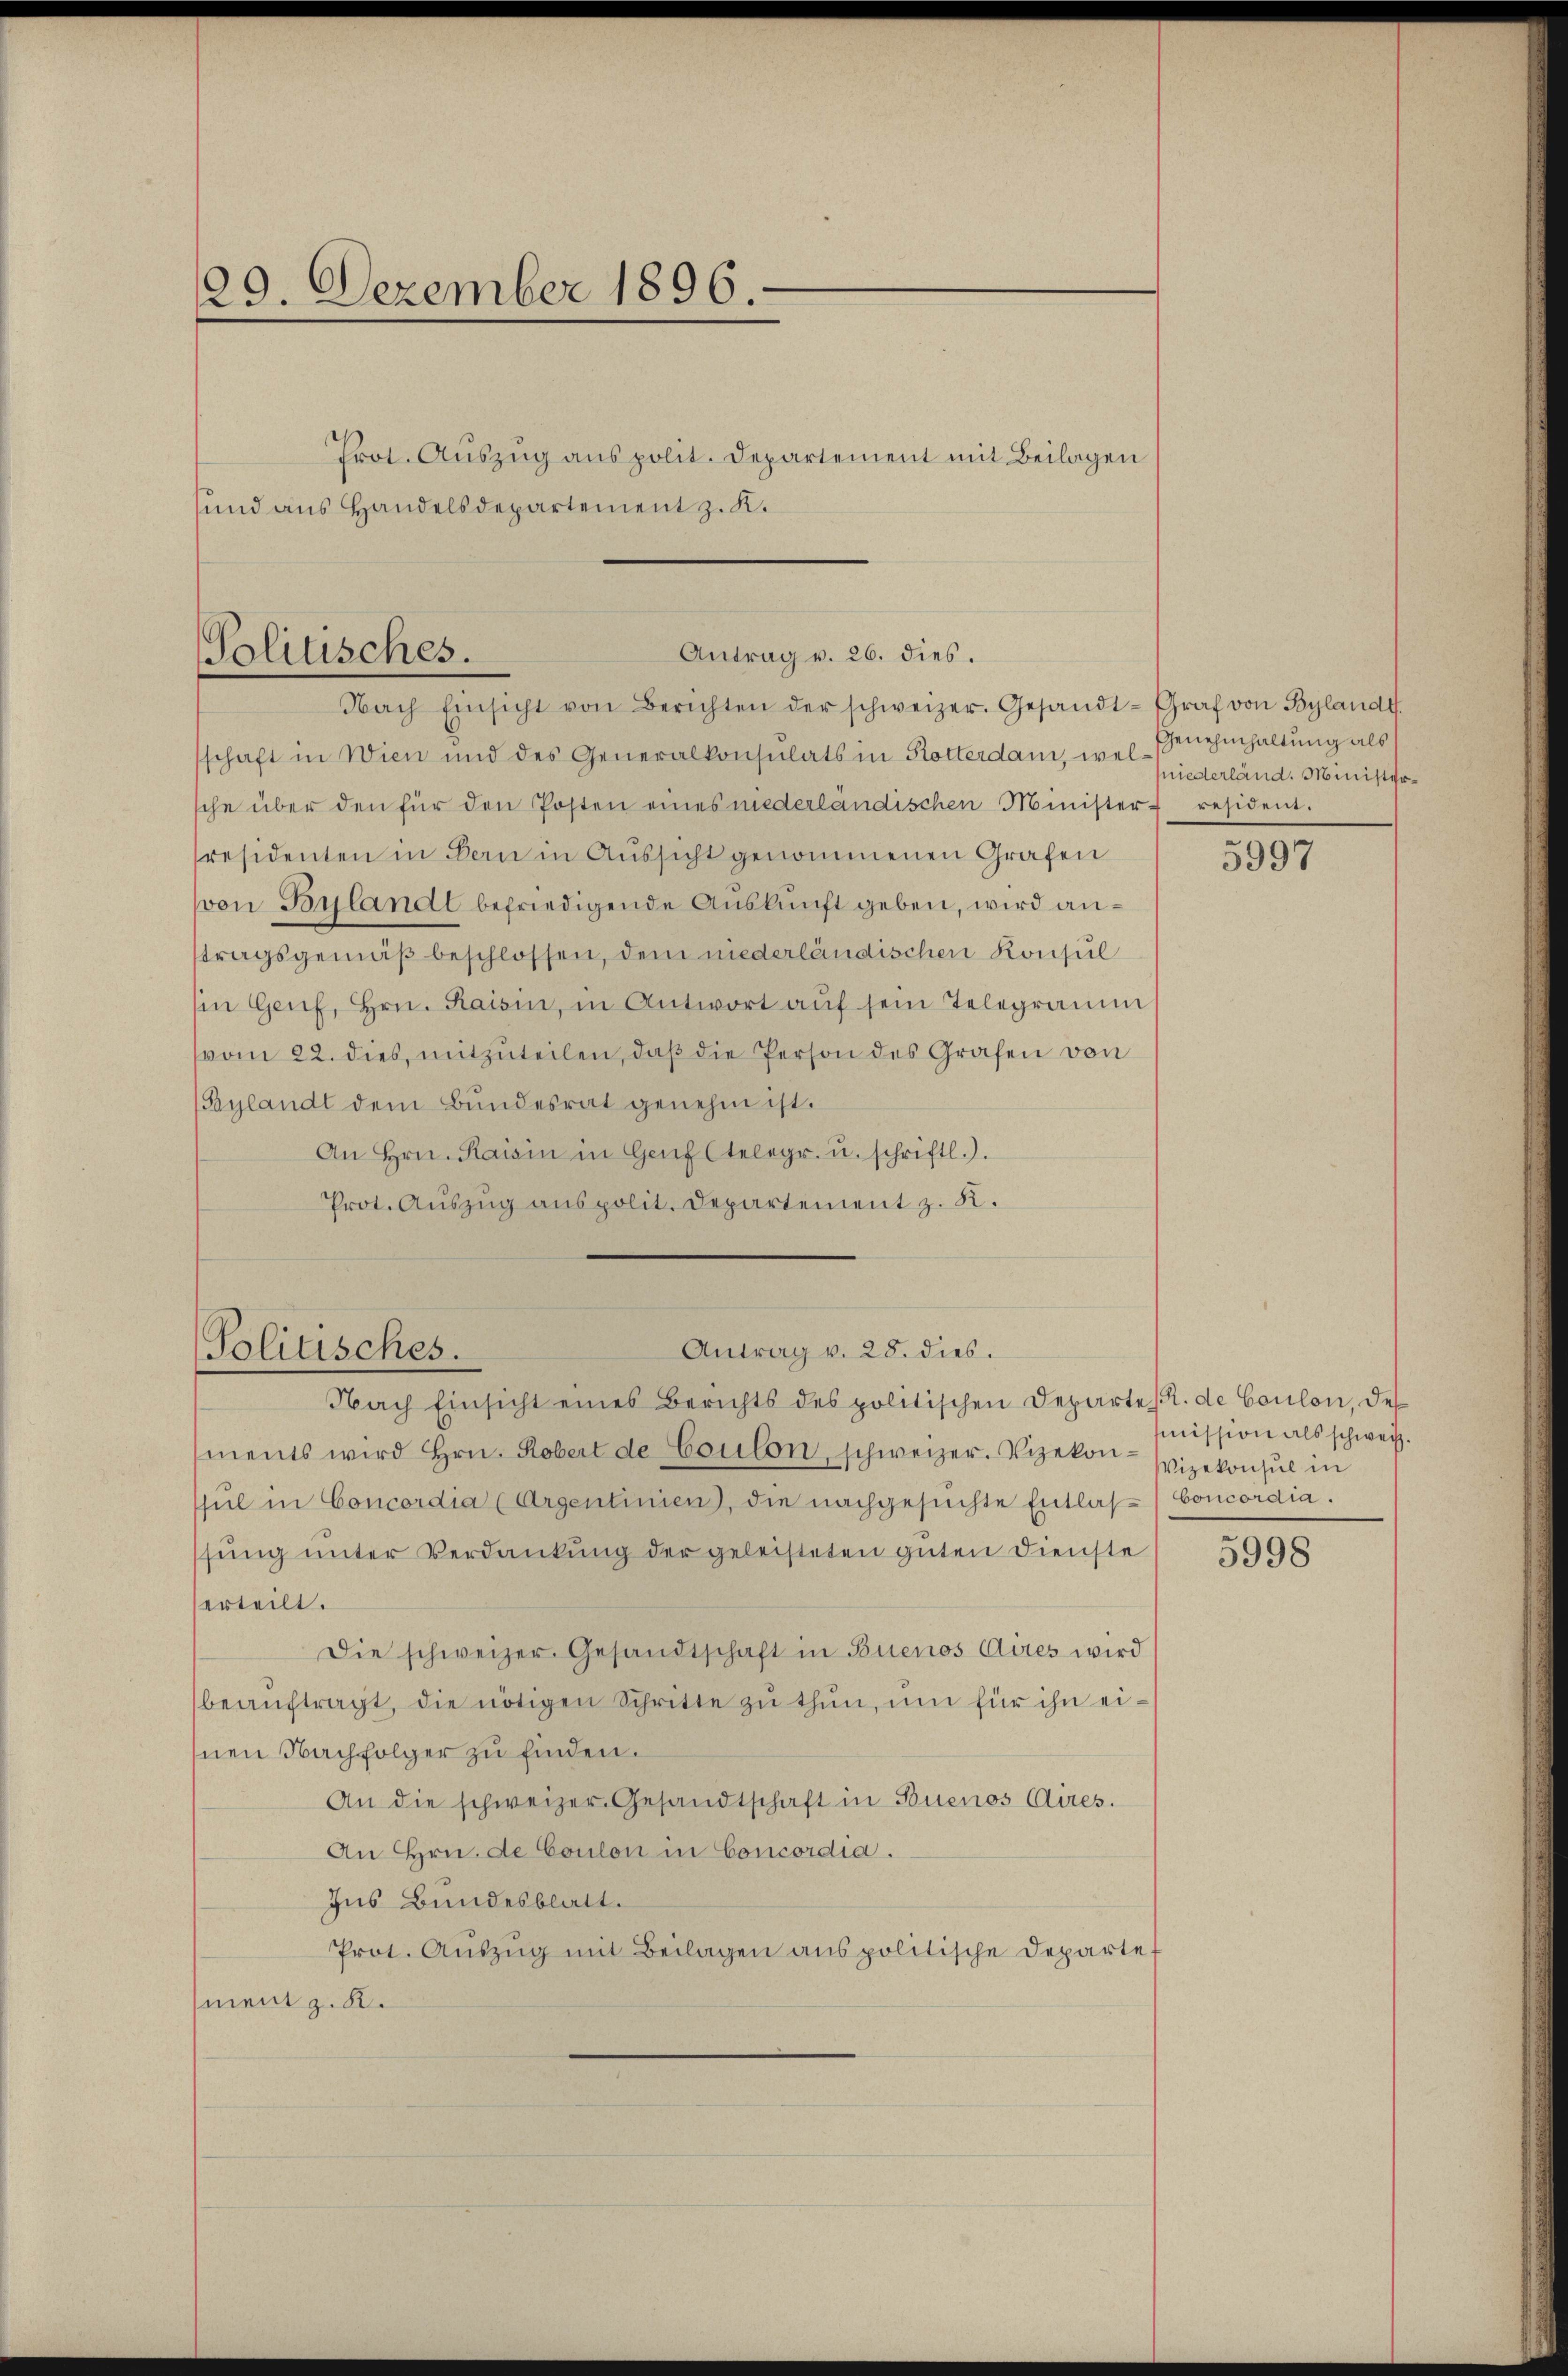
120. Dezember 1896.

Prot. Aŭszŭg anspolit. Departement mit Beilagen
und aus Handelsdepartement z. K.

Antrag v. 26. dies.
Politisches.

Nach Einsicht von Berichten der schweizer. Gesandt-Graf von Bylandt
schaft in Wien und des Generalkonsulats in Rotterdam, welche über den für den Posten eines niederländischen Minister resident.
residenten in Bern in Aussicht genommenen Grafen
von Bilandt befriedigende Auskunft geben, wird antragsgemäß beschlossen, dem niederländischen Konsul
in Genf, Hrn. Kaisin, in Antwort aŭf sein Telegramm
vvom 22. dies, mitzuteilen, daß die Person des Grafen von
Gaylandt dem Bundesrat genehm ist.
An Hrn. Kaisin in Genf telegr. u. schriftl.).
Prot. Auszug aus polit. Departement z. K.
Nach Einsicht eines Berichts des politischen Departe R. de Coulon, des
ments wird Hrn. Robert de Coulon, schweizer. Vizekon-Vizekonsul in
sul in Concordia (Argentinien, die nachgesuchte Entlas- Concordia.
sung unter Verdankung der geleisteten guten Dienste
erteilt.
Die schweizer. Gesandtschaft in Buenos Aires wird
beaŭftragt, die nötigen Schritte zŭ thŭn, ŭm für ihn einen Nachfolger zu finden.
An die schweizer. Gesandtschaft in Buenos Aires.
An Hrn. de Coulon in Concordia.
Ins Bundesblatt.
Prot. Auszug mit Beilagen aus politische Departe
ment z. B.

Politisches.

Antrag v. 28. dies.

Genehmhaltung als
niederländ. Minister¬

5997

mission als schweiz.

5998